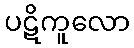
ပဋိကူလော